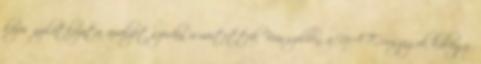
közös nyilatkozata, amelyet szerdán ismertettek Brüsszelben, a NATO-országok külügy-